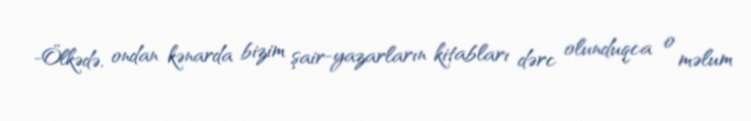
-Ölkədə, ondan kənarda bizim şair-yazarların kitabları dərc olunduqca o məlum